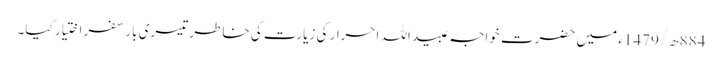
884ھ/1479ء میں حضرت خواجہ عبید اللہ احرار کی زیارت کی خاطر تیسری بار سفر اختیار کیا۔